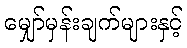
မျှော်မှန်းချက်များနှင့်